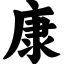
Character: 康